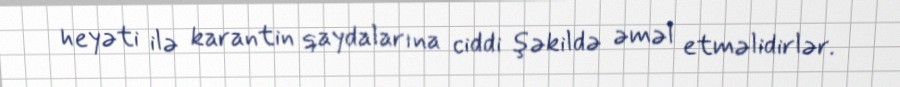
heyəti ilə karantin qaydalarına ciddi şəkildə əməl etməlidirlər.